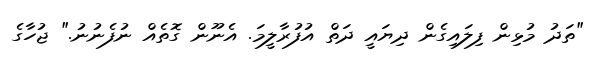
"ތަދު މުޅިން ފިލައިގެން ދިޔައީ ދަތް އުފުރާލީމަ. އެނޫން ގޮތެއް ނުފެނުނު." ޖުހާގެ